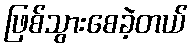
ဖြစ်သွားစေခဲ့တယ်